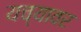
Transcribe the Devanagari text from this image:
यच्यावर